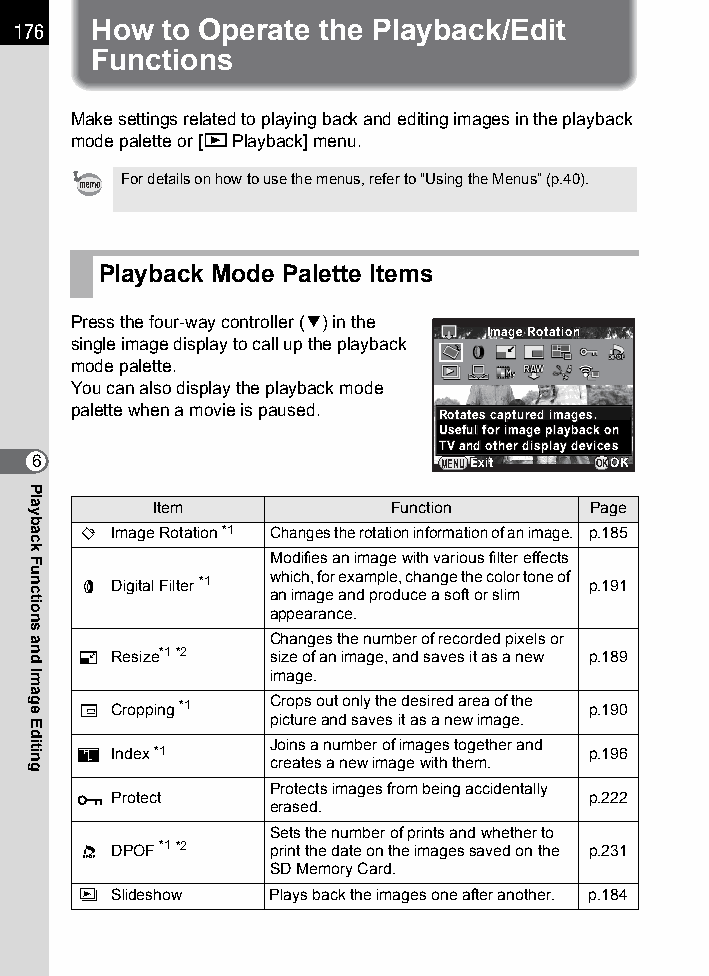
176  How  to Operate the Playback/Edit
 Functions
 Make settings related to playing back and editing images in the playback
 mode palette or [Q Playback] menu.
 For details on how to use the menus, refer to “Using the Menus” (p.40).
 Playback Mode Palette Items
 Press the four-way controller (3) in the
 IImmaaggee RRoottaattiioonn
 single image display to call up the playback
 mode palette.
 You can also display the playback mode
 palette when a movie is paused.
 RRoottaatteess ccaappttuurreedd iimmaaggeess..
 UUsseeffuull ffoorr iimmaaggee ppllaayybbaacckk oonn
 TTVV aanndd ootthheerr ddiissppllaayy ddeevviicceess
 6                          MENUEExxiitt OKOOKK
 Item            Function     Page
 s Image Rotation *1 Changes the rotation information of an image. p.185
 Modifies an image with various filter effects
 D Digital Filter *1 which, for example, change the color tone of p.191
 an image and produce a soft or slim
 appearance.
 Changes the number of recorded pixels or
 n Resize*1 *2 size of an image, and saves it as a new p.189
 image.
 o Cropping *1 Crops out only the desired area of the p.190
 picture and saves it as a new image.
 Joins a number of images together and
 p Index *1                        p.196
 creates a new image with them.
 Protects images from being accidentally
 Z Protect                         p.222
 erased.
 Sets the number of prints and whether to
 r DPOF *1 *2 print the date on the images saved on the p.231
 SD Memory Card.
 u Slideshow  Plays back the images one after another. p.184
 Playback
 Functions
 and
 Image
 Editing